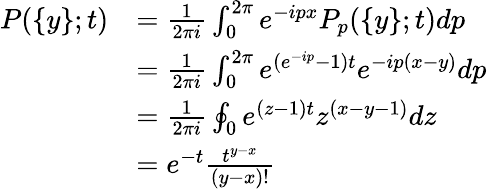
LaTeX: \begin{array}{rl}{P(\{ y\} ;t)}&{=\frac{1}{2\pi i}\int_{0}^{2\pi}e^{-ipx}P_{p}(\{ y\} ;t)dp}\\ &{=\frac{1}{2\pi i}\int_{0}^{2\pi}e^{(e^{-ip}-1)t}e^{-ip(x-y)}dp}\\ &{=\frac{1}{2\pi i}\oint_{0}e^{(z-1)t}z^{(x-y-1)}dz}\\ &{=e^{-t}\frac{t^{y-x}}{(y-x)!}}\end{array}